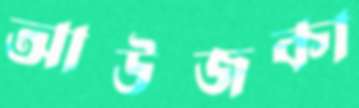
আউজকা